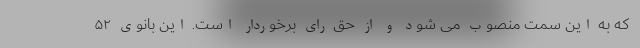
که به این سمت منصوب می شود و از حق رای برخوردار است. این بانوی ۵۲